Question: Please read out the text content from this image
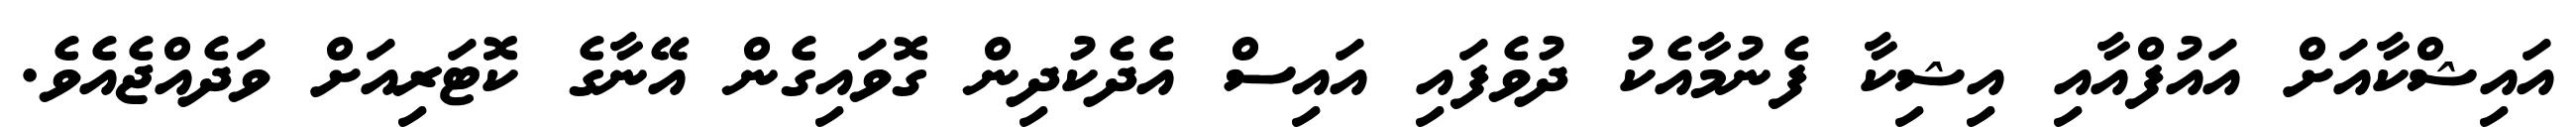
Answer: އައިޝްކާއަށް އައުފްއާއި އިޝިކާ ފެނުމާއެކު ދުވެފައި އައިސް އެދެކުދިން ގޮވައިގެން އޭނާގެ ކޮޓަރިއަށް ވަދެއްޖެއެވެ.